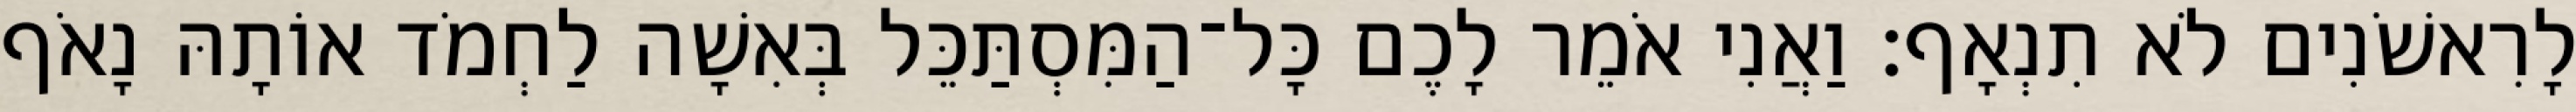
לָרִאשֹׁנִים לֹא תִנְאָף׃ וַאֲנִי אֹמֵר לָכֶם כָּל־הַמִּסְתַּכֵּל בְּאִשָׁה לַחְמֹד אוֹתָהּ נָאֹף